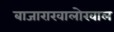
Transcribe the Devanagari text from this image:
बाजाराखालोखाल